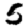
Digit: 5